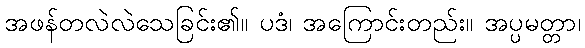
အဖန်တလဲလဲသေခြင်း၏။ ပဒံ၊ အကြောင်းတည်း။ အပ္ပမတ္တာ၊